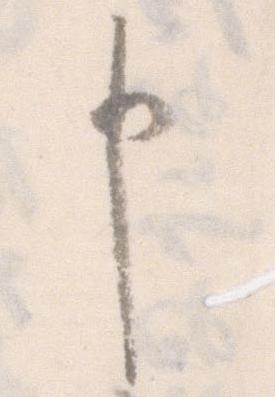
申